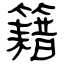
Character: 籍